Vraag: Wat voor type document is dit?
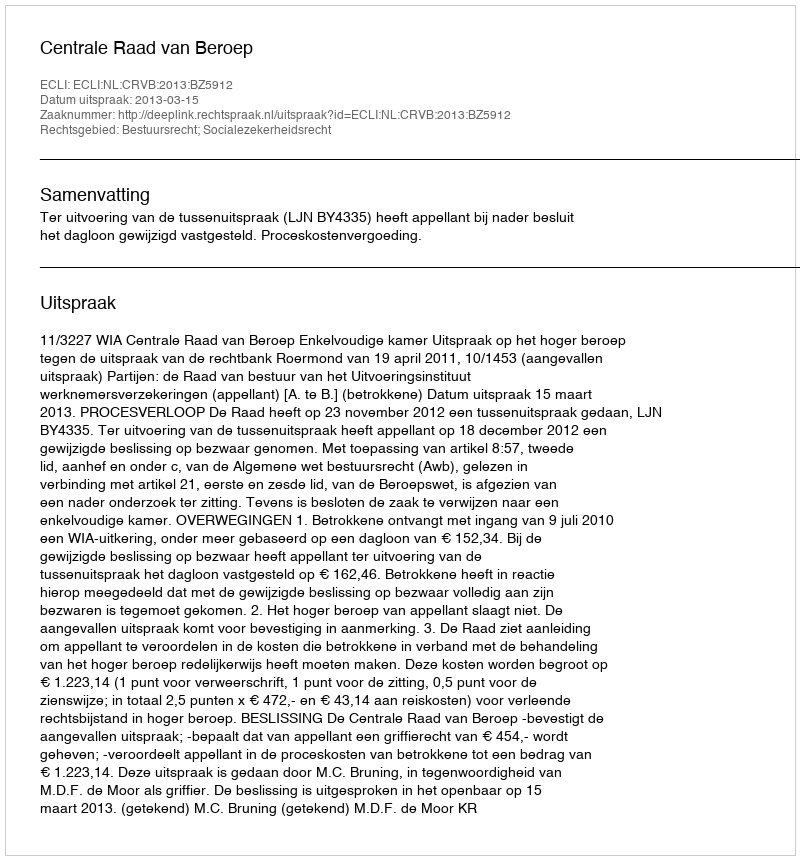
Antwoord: Uitspraak